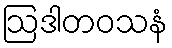
ဩဒါတဝသနံ